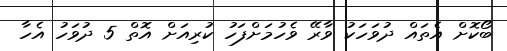
ބޯކޮށް އެތައް ދުވަހަކު ވާރޭ ވެހުމަށްފަހު ކުރިއަށް އޮތް 5 ދުވަހު އެހާ